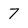
Character: 7